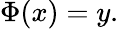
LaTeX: \Phi(x)=y.